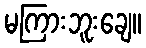
မကြားဘူးချေ။